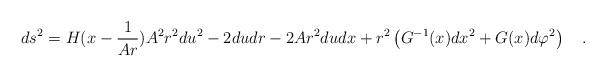
LaTeX: \begin{align*}ds^2 = H(x-\frac{1}{Ar})A^2r^2 du^2 - 2dudr -2Ar^2dudx +r^2\left(G^{-1}(x) dx^2 + G(x) d\varphi^2 \right) \quad .\end{align*}